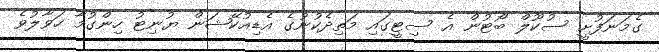
ގެމަނަފުށީ ސުކޫލް ބޯޓުން އެ ސިޓީގައި މަތިދެކުނުގެ އެޑިއުކޭޝަން ޔުނިޓު ހިންގުމާ ހަވާލުވެ